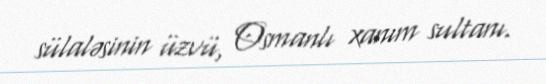
sülaləsinin üzvü, Osmanlı xanım sultanı.